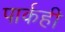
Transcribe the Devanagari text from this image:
पार्कही